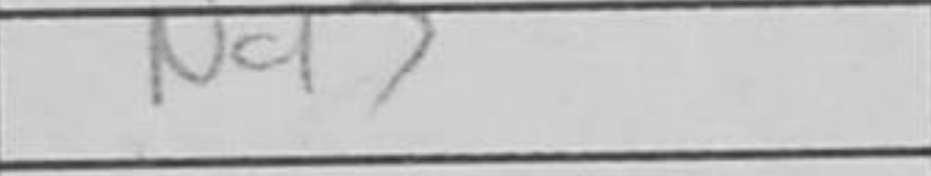
Transcription: Nd7